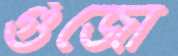
গুঁজো